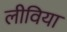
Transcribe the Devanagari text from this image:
लीविया